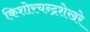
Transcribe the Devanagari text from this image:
किशोरचन्द्रशेखरे